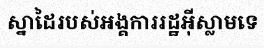
ស្នាដៃរបស់អង្គការរដ្ឋអ៊ីស្លាមទេ